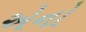
એનો